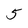
Character: 5